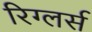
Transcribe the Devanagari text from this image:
रिग्लर्स